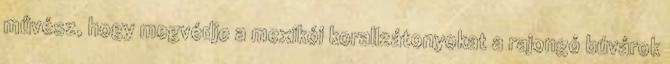
művész, hogy megvédje a mexikói korallzátonyokat a rajongó búvárok